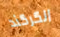
الكركند